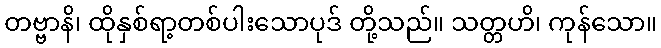
တဗ္ဗာနိ၊ ထိုနှစ်ရာ့တစ်ပါးသောပုဒ် တို့သည်။ သတ္တဟိ၊ ကုန်သော။